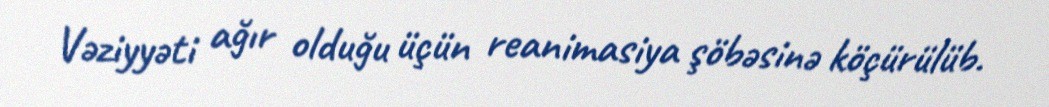
Vəziyyəti ağır olduğu üçün reanimasiya şöbəsinə köçürülüb.